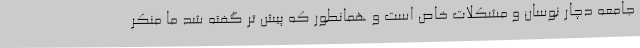
جامعه دچار نوسان و مشکلات خاص است و همانطور که پیش تر گفته شد ما منکر